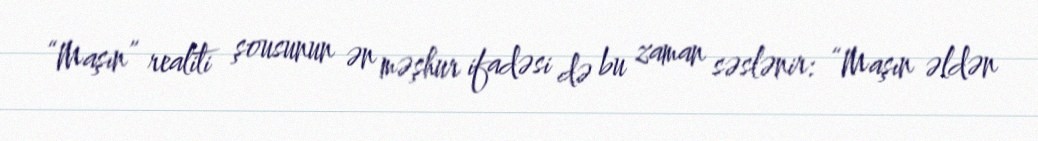
“Maşın” realiti şousunun ən məşhur ifadəsi də bu zaman səslənir: “Maşın əldən